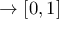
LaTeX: \rightarrow [ 0 , 1 ]